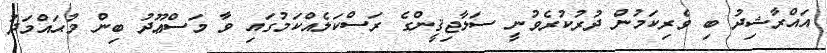
އައްރާޝިދު ބި ވެރިކަމުން ދުރުކުރެވުނީ ސަލާޖިޤީންގެ ރަސްކަލެއްކަމުގައި ވާ މަސްޢޫދު ބިން މުޙައްމަދު